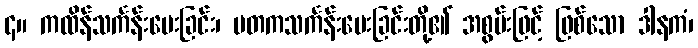
၄။ ကထိန်သင်္ကန်းပေးခြင်း၊ မတကသင်္ကန်းပေးခြင်းတို့၏ အစွမ်းဖြင့် ဖြစ်သော ဒါနကံ၊